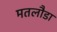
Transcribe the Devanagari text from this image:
मतलौडा